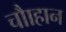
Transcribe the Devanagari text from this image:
चौाहान